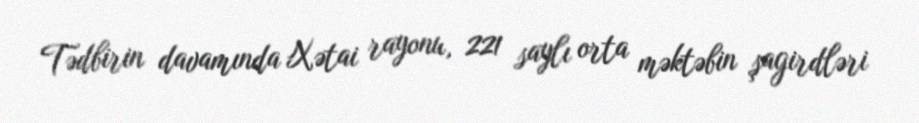
Tədbirin davamında Xətai rayonu, 221 saylı orta məktəbin şagirdləri